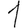
Digit: 1